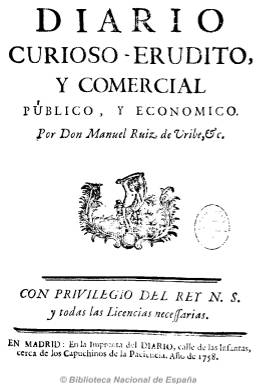
Título: Diario noticioso, curioso, erudito y comercial público y económico
Otros títulos: Diario noticioso || Diario noticioso universal
Colección: Periódicos anteriores a 1850
Ámbito geográfico: Madrid
Lugar de publicación: Madrid
Fechas: 01/02/1758-31/12/1781

Se trata del primer diario español, fundado por el polígrafo y periodista Francisco Mariano Nipho (1719-1803) al que Fernando VI le concedió Real Privilegio para su impresión, que lo hacía en su propia imprenta y cuya publicación experimentó numerosos cambios a lo largo del tiempo, tanto en la denominación de su cabecera, como en los contenidos y en la de sus propietarios, llegando hasta 1917, con el título de Diario Oficial de Avisos de Madrid.

Nipho, fundador de grandes periódicos en la segunda mitad del siglo XVIII, está considerado como el padre y el gran innovador del periodismo español moderno. Entre las novedades que introdujo en su Diario noticioso, se encuentran la división entre noticia y opinión y el establecimiento de secciones fijas, dedicando sus cuatro páginas a dos bloques diferenciados: la divulgación y la información, ésta a dos columnas. Fue el primero que publicó las cartas de los lectores, difundió noticias de carácter económico y comercial, discursos morales, artículos curiosos y eruditos, muchos de ellos traducidos de periódicos franceses, textos en verso y avisos públicos, e incluyó a lo largo de esta su primera etapa una extensísima serie bajo el título “Historia general de los viajes”. El Diario noticioso ofrecía también noticias de ventas, alquileres, empleos (amos y criados) y curiosidades históricas y estuvo dirigido al gran público. Sin embargo, Nipho abandonó pronto su diario al venderle su participación a su socio Juan Antonio Lozano, en mayo de 1759. El periódico no se publicó entre julio de 1776 y diciembre de 1777. Dejó también de publicarse entre 1782 y junio de 1786, apareciendo de nuevo a partir de julio de este año con el título de Diario curioso, erudito, económico y comercial (Véase este título en la colección digitalizada de la Biblioteca Nacional).